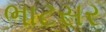
ભાટસર